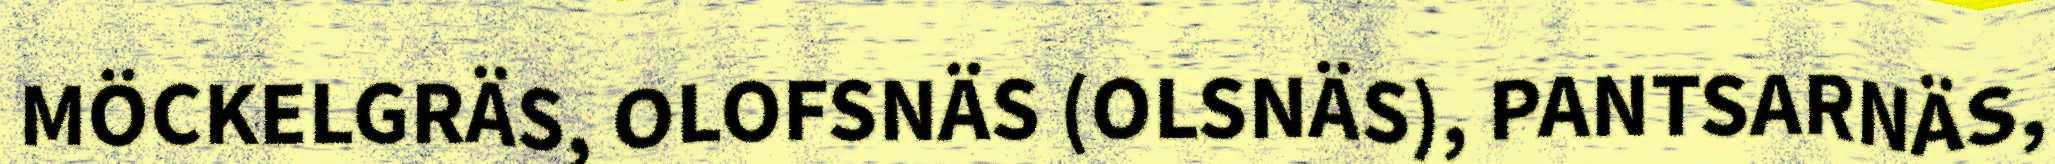
MÖCKELGRÄS, OLOFSNÄS (OLSNÄS), PANTSARNÄS,